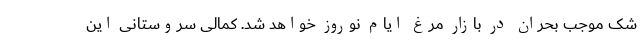
شک موجب بحران در بازار مرغ ایام نوروز خواهد شد. کمالی سروستانی این